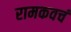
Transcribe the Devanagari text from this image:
रामकवचं